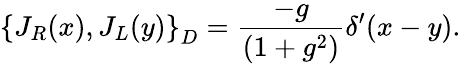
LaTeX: \left\{ J_{R}(x),J_{L}(y)\right\} _{D}=\frac{-g}{(1+g^{2})}\delta^{\prime}(x-y).